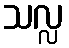
သလ္လ